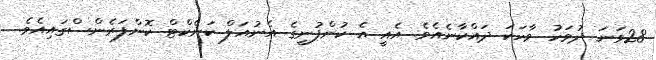
28ވަނަ ދުވަހު ވާހަކަ ދައްކާނެއެވެ. އެއީ އެ ކުންފުނީގެ އެނުއަލް ކަނެކްޓް ކޮންފަރެންސްގައިއެވެ.